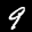
Label: 9